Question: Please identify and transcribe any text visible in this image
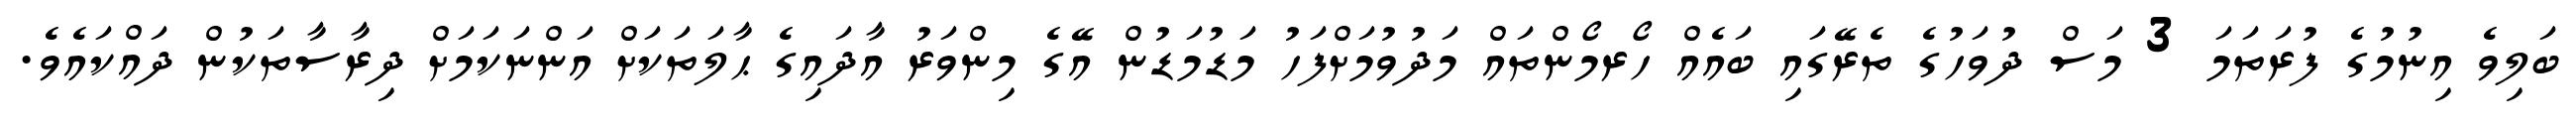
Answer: ބަލިވެ އިނުމުގެ ފުރަތަމަ 3 މަސް ދުވަހުގެ ތެރޭގައި ބައެއް ހޯރމޯންތައް މަދުވުމަށްފަހު މަޑުމަޑުން އޭގެ މިންވަރު އާދައިގެ ޙާލަތަކަށް އަންނަކަމަށް ދިރާސާތަކުން ދައްކައެވެ.